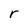
Character: r